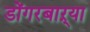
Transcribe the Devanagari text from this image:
डोंगरबाऱ्या